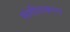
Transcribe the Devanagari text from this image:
संगीतकारा